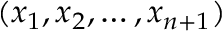
( x _ { 1 } , x _ { 2 } , \ldots , x _ { n + 1 } )